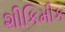
શીકિમીક